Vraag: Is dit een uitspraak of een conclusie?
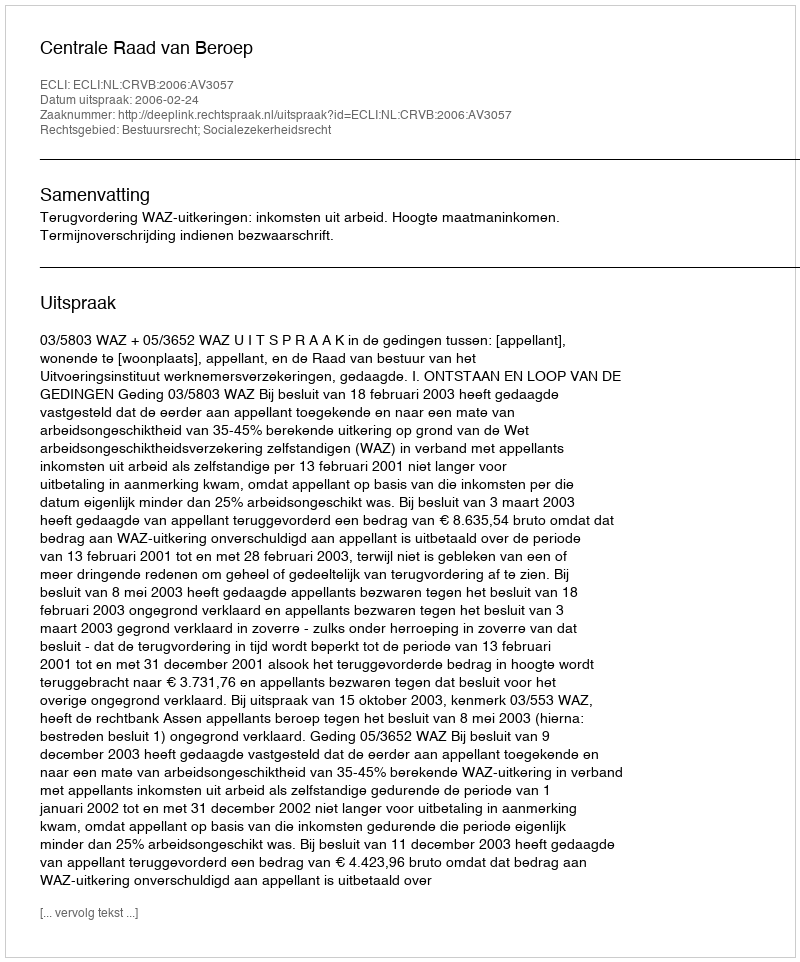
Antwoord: Uitspraak